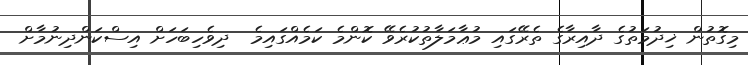
މިގޮތުން ޚިދުމަތުގެ ދާއިރާގެ ތެރޭގައި މުޢާމަލާތުކުރެވޭ ކޮންމެ ކަމެއްގައިމެ  ދިވެހިބަހަށް އިސްކަންދިނުމާށް